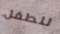
للطفل